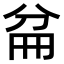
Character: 𠔕